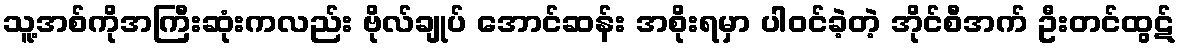
သူ့အစ်ကိုအကြီးဆုံးကလည်း ဗိုလ်ချုပ် အောင်ဆန်း အစိုးရမှာ ပါဝင်ခဲ့တဲ့ အိုင်စီအက် ဦးတင်ထွဋ်